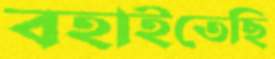
বহাইতেছি